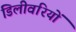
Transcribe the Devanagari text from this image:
डिलीवरियों